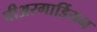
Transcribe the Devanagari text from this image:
पीअरगार्डियन